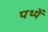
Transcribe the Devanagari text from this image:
पथ्यें